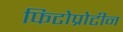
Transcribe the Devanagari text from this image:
फिटोप्रोटीन